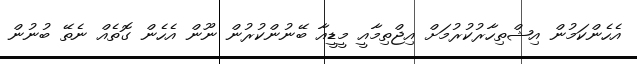
އެހެންކަމުން އިޝްތިހާރުކުރުމަށް އިޖްތިމާއީ މީޑީއާ ބޭނުންކުރުން ނޫން އެހެން ގޮތެއް ނެތޭ ބުނުން